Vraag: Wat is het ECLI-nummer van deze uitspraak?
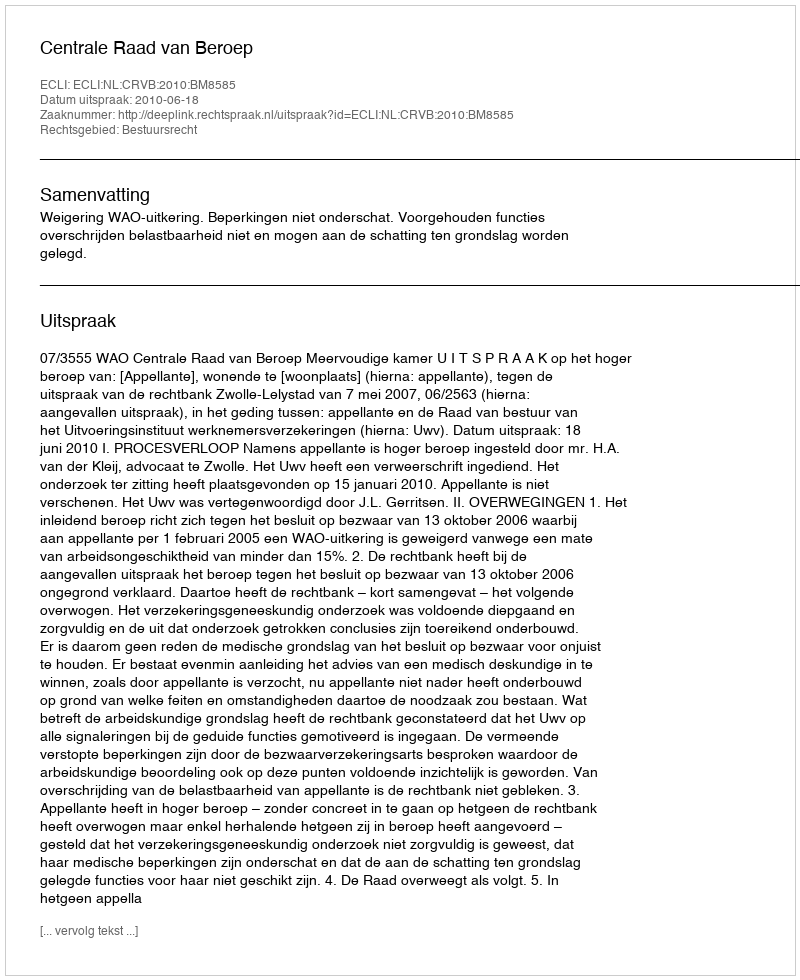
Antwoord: ECLI:NL:CRVB:2010:BM8585